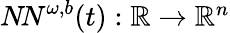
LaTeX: \begin{array}{r}{{N\! N}^{\omega,b}(t):\mathbb{R}\rightarrow\mathbb{R}^{n}}\end{array}